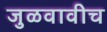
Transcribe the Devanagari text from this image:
जुळवावीच